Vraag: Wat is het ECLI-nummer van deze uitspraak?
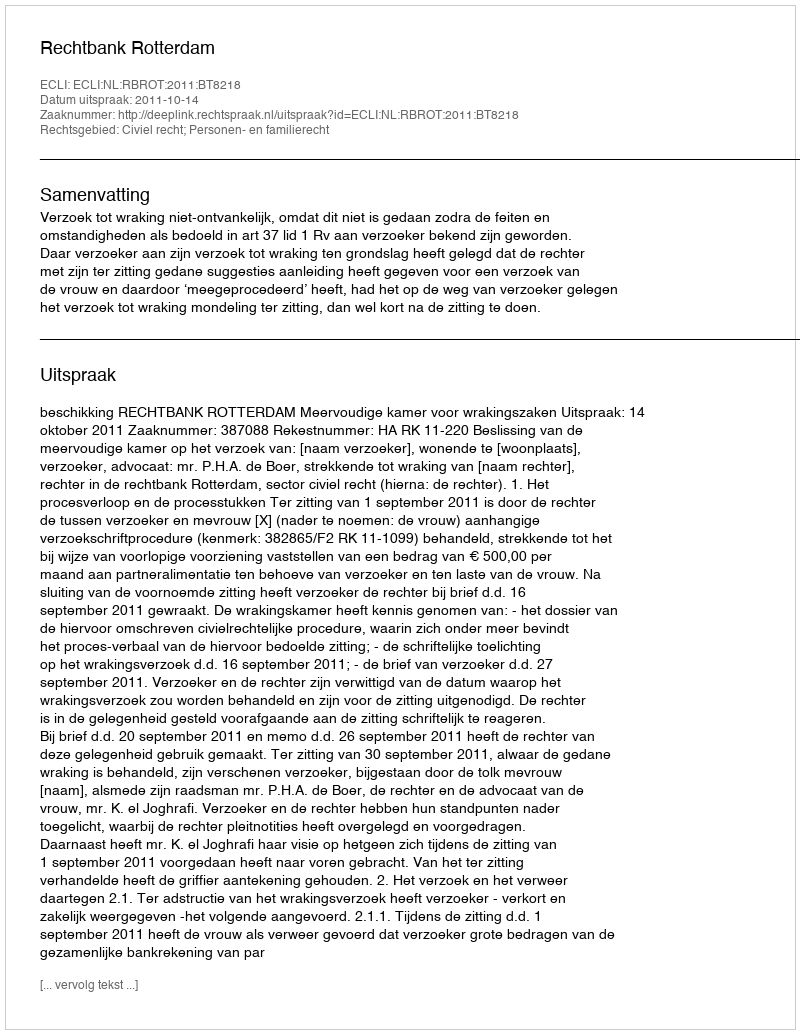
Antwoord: ECLI:NL:RBROT:2011:BT8218